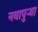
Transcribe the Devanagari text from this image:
नवापुर्‍या